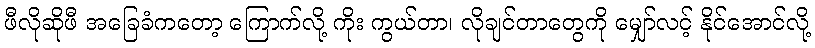
ဖီလိုဆိုဖီ အခြေခံကတော့ ကြောက်လို့ ကိုး ကွယ်တာ၊ လိုချင်တာတွေကို မျှော်လင့် နိုင်အောင်လို့